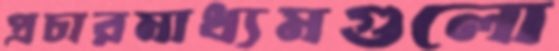
প্রচারমাধ্যমগুলো